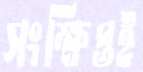
সংক্ষিপ্তই